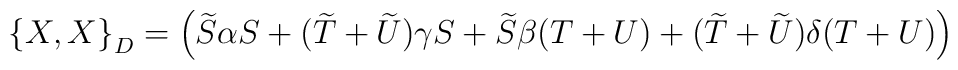
\left\{X,X\right\}_{D} = \left(\widetilde{S}\alpha S +(\widetilde{T}+\widetilde{U})\gamma S + \widetilde{S}\beta (T+U) +(\widetilde{T}+\widetilde{U})\delta (T+U)\right)